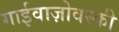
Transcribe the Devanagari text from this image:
गाईवाज़ोवस्की